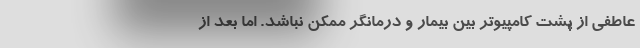
عاطفی از پشت کامپیوتر بین بیمار و درمانگر ممکن نباشد. اما بعد از